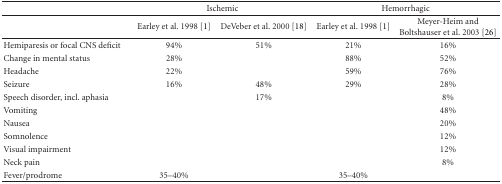
|  | <COLSPAN=2> Ischemic | <COLSPAN=2> Hemorrhagic |
 | --- | --- | --- | --- | --- |
 |  | Earley et al. 1998 [1] | DeVeber et al. 2000 [18] | Earley et al. 1998 [1] | Meyer-Heim and Boltshauser et al. 2003 [26] |
 | Hemiparesis or focal CNS deficit | 94% | 51% | 21% | 16% |
 | Change in mental status | 28% |  | 88% | 52% |
 | Headache | 22% |  | 59% | 76% |
 | Seizure | 16% | 48% | 29% | 28% |
 | Speech disorder, incl. aphasia |  | 17% |  | 8% |
 | Vomiting |  |  |  | 48% |
 | Nausea |  |  |  | 20% |
 | Somnolence |  |  |  | 12% |
 | Visual impairment |  |  |  | 12% |
 | Neck pain |  |  |  | 8% |
 | Fever/prodrome | 35–40% |  | 35–40% |  |